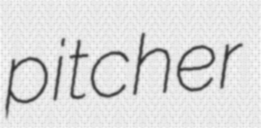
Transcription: pitcher